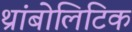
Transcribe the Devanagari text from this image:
थ्रांबोलिटिक